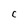
Character: c